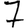
Digit: 7